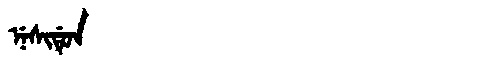
Manchu: ᠨᡝᠰᡳᡩᡠᠨ
Romanization: NESIDUN